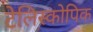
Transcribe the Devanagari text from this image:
टेलिस्कोपिक